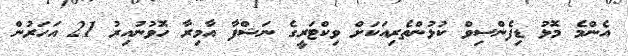
އެންމެ މޮޅު ޑިފެންސިވް ކުޅުންތެރިއަކަށް ވިކްޓަރީގެ ނަޝްފާ އާމިރާ ހޮވުނުއިރު 21 އަހަރުން